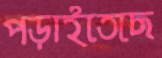
পড়াইতেছে